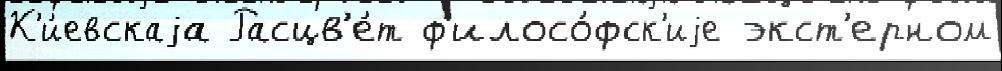
К'и́евскаjа Расцв'е́т ф'илосо́фск'иjе экст'ерном